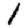
Digit: 1